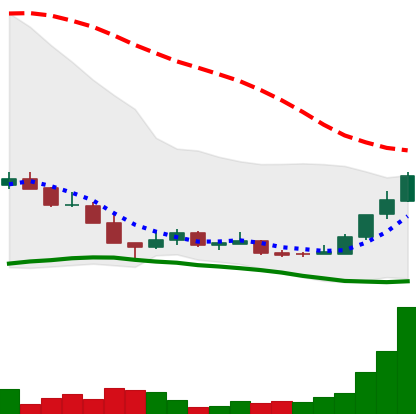
Ticker: LINK-USD
Chart end date: 2018-12-20
Forward return: -6.158%
Label: down_5_7